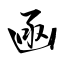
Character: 凾